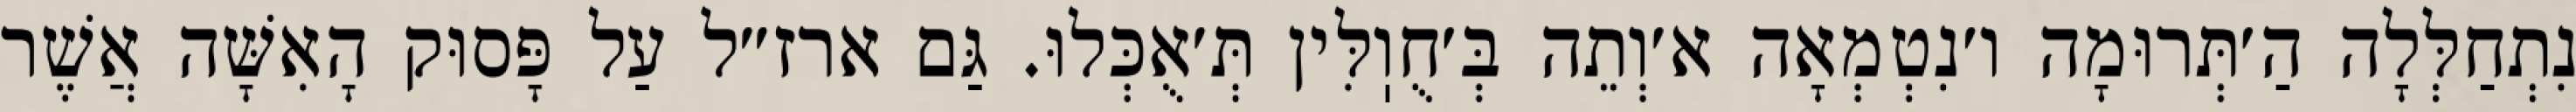
נִתְחַלְּלָה הַ׳תְּרוּמָה ו׳נִטְמְאָה א׳וְתֵה בְּ׳חֻוֽלִּין תְּ׳אֻכְּלוּ. גַּם ארז״ל עַל פָּסוּק הָאִשָּׁה אֲשֶׁר